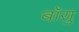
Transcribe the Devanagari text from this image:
बॉसु